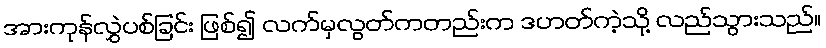
အားကုန်လွှဲပစ်ခြင်း ဖြစ်၍ လက်မှလွတ်ကတည်းက ဒဟတ်ကဲ့သို့ လည်သွားသည်။